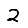
Digit: 2